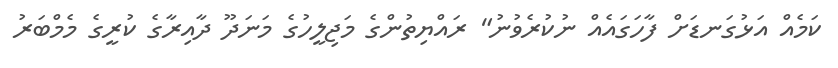
ކަމެއް އަޅުގަނޑަށް ފާހަގައެއް ނުކުރެވުނު" ރައްޔިތުންގެ މަޖިލީހުގެ މަނަދޫ ދާއިރާގެ ކުރީގެ މެމްބަރު